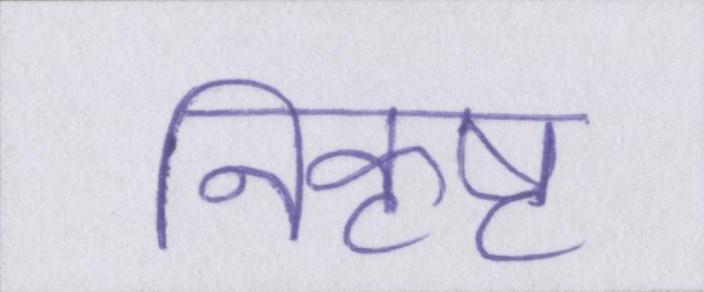
निकृष्ट